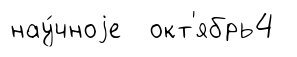
нау́чноjе окт'ябрь4